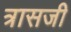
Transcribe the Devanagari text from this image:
त्रासजी